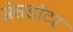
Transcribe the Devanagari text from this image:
प्रेसडॉटर